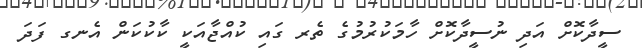
ސީދާކޮށް އަދި ނުސީދާކޮށް ހާމަކުރުމުގެ ތެރ ގައި ކުއްޖާއަކީ ކާކުކަން އެނގ ފަދަ